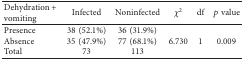
<table><thead><tr><td><b>Dehydration + vomiting</b></td><td><b>Infected</b></td><td><b>Noninfected</b></td><td><b><i>χ</i><sup>2</sup></b></td><td><b>df</b></td><td><b><i>p</i> value</b></td></tr></thead><tbody><tr><td>Presence</td><td>38 (52.1%)</td><td>36 (31.9%)</td><td rowspan="3">6.730</td><td rowspan="3">1</td><td rowspan="3">0.009</td></tr><tr><td>Absence</td><td>35 (47.9%)</td><td>77 (68.1%)</td></tr><tr><td>Total</td><td>73</td><td>113</td></tr></tbody></table>